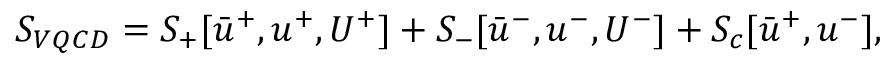
S _ { V Q C D } = S _ { + } [ \bar { u } ^ { + } , u ^ { + } , U ^ { + } ] + S _ { - } [ \bar { u } ^ { - } , u ^ { - } , U ^ { - } ] + S _ { c } [ \bar { u } ^ { + } , u ^ { - } ] ,